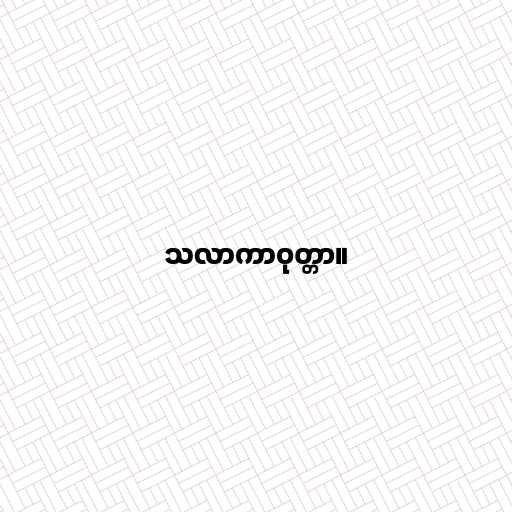
သလာကာဝုတ္တာ။